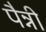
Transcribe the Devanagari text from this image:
पैन्नी